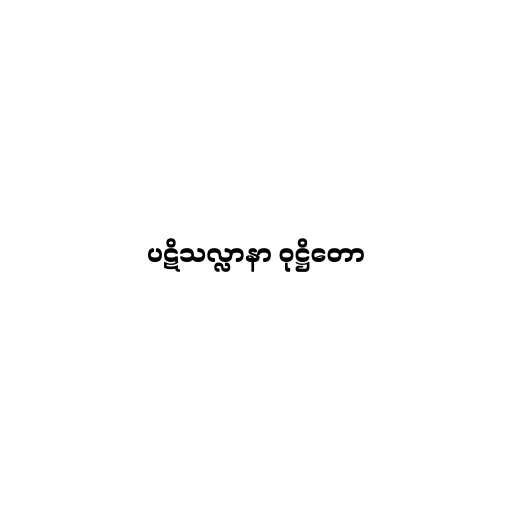
ပဋိသလ္လာနာ ဝုဋ္ဌိတော